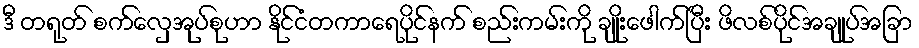
ဒီ တရုတ် စက်လှေအုပ်စုဟာ နိုင်ငံတကာရေပိုင်နက် စည်းကမ်းကို ချိုးဖေါက်ပြီး ဖိလစ်ပိုင်အချုပ်အခြာ